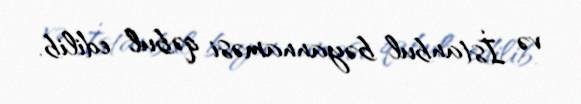
və İstanbul bəyannaməsi qəbul edilib.